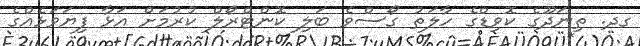
ގދ. ތިނަދޫގެ ކޮވިޑްގެ ހާލަތު ގޯސްވެ ބަލި ކޮންޓްރޯލް ކުރުމަށް އަޅާ ފިޔަވަޅެއްގެ